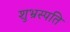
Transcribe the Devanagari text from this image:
शुभ्रस्पति